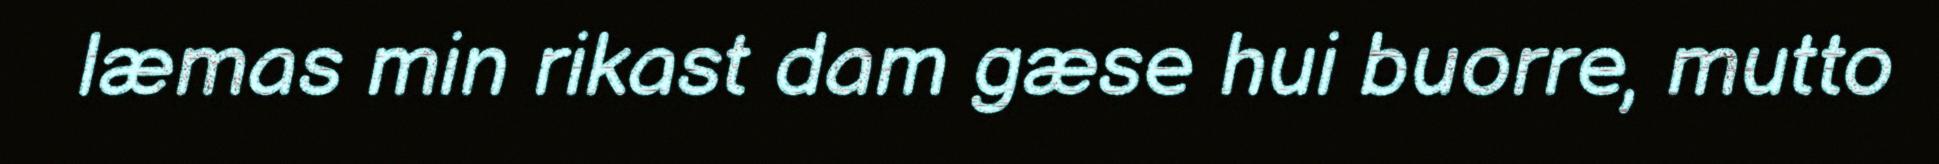
læmas min rikast dam gæse hui buorre, mutto